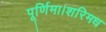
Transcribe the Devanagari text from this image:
पूर्णिमा।शरिमध